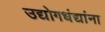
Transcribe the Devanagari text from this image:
उद्योगधंद्यांना